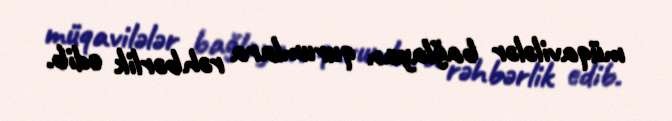
müqavilələr bağlayan qurumlara rəhbərlik edib.